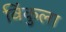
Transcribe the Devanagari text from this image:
विंकुला